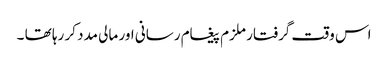
اس وقت گرفتار ملزم پیغام رسانی اور مالی مدد کر رہا تھا ۔